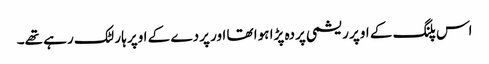
اس پلنگ کے اوپر ریشمی پردہ پڑا ہوا تھا اور پردے کے اوپر ہار لٹک رہے تھے۔